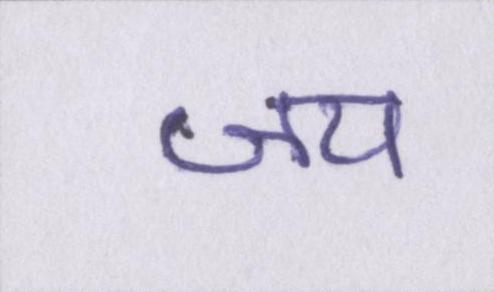
जय